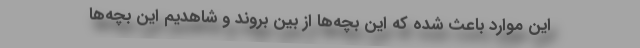
این موارد باعث شده که این بچه‌ها از بین بروند و شاهدیم این بچه‌ها